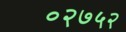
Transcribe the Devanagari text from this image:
०२७५२